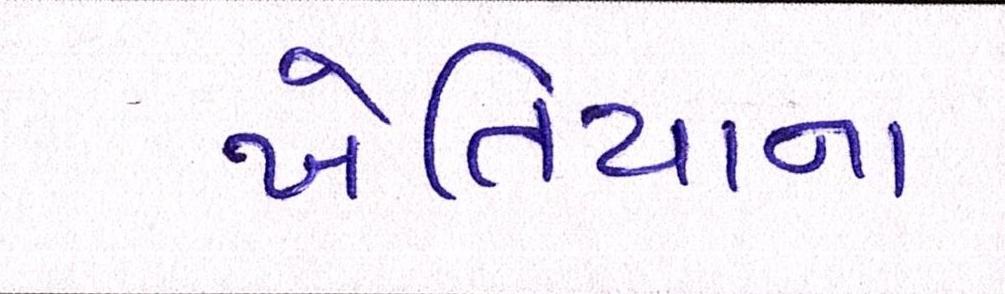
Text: ખેતિયાના